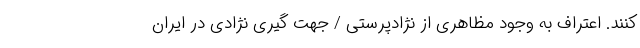
کنند. اعتراف به وجود مظاهری از نژادپرستی / جهت گیری نژادی در ایران